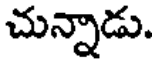
చున్నాడు.